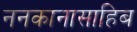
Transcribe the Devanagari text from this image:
ननकानासाहिब